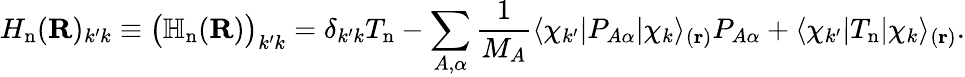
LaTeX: H_{\mathrm{n}}(\mathbf{R})_{k^{\prime}k}\equiv{\big(}\mathbb{H}_{\mathrm{n}}(\mathbf{R}){\big)}_{k^{\prime}k}=\delta_{k^{\prime}k}T_{\mathrm{n}}-\sum_{A,\alpha}{\frac{1}{M_{A}}}\langle\chi_{k^{\prime}}|P_{A\alpha}|\chi_{k}\rangle_{(\mathbf{r})}P_{A\alpha}+\langle\chi_{k^{\prime}}|T_{\mathrm{n}}|\chi_{k}\rangle_{(\mathbf{r})}.